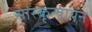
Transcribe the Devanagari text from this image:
सांस्कृत्यायन